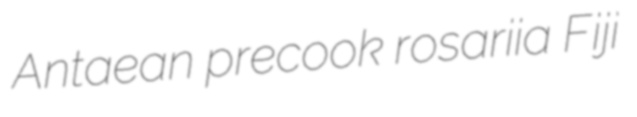
Antaean precook rosariia Fiji